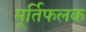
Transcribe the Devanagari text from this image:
मूर्तिफलक